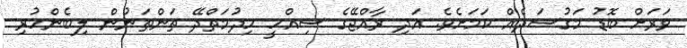
ވަރަށް ބޮޑު މަގުސަދެއް ކަމަށެވެ. އަދި ރާއްޖޭގެ ސިއްހީ ހިދުމަތްދޭ ތަންތަނުން ލިބެންހުރި